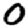
Digit: 0